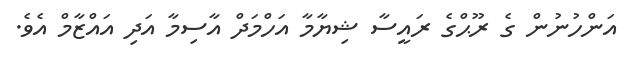
އަންހުނުން ގެ ރޫޙްގެ ރައީސާ ޝިޔާމާ އަހްމަދް އާސިމާ އަދި އައްޒާމް އެވެ.